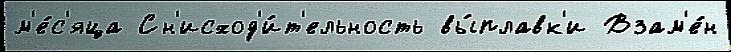
м'е́с'яца Сн'исход'и́т'ельность вы́плавк'и Взам'е́н